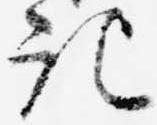
記